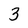
Character: 3